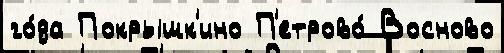
го́да Покрышк'ино П'етрово́ Восново